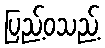
ပြည့်ဝသည့်